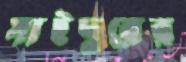
সাইদুরের